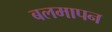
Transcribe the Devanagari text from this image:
बलमापन